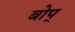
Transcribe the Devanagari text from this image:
बोप्